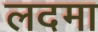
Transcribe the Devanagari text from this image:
लदमा